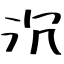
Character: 沉